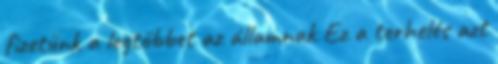
fizetünk a legtöbbet az államnak Ez a terhelés azt